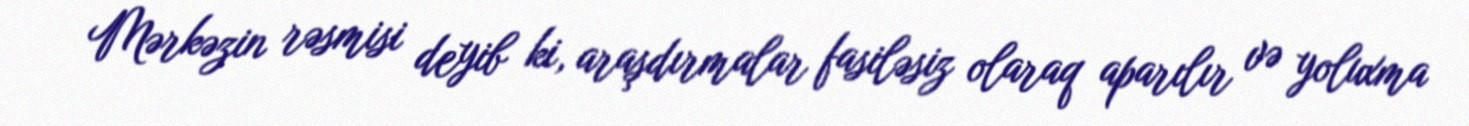
Mərkəzin rəsmisi deyib ki, araşdırmalar fasiləsiz olaraq aparılır və yoluxma